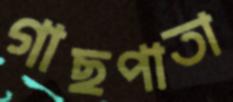
গাছপাতা